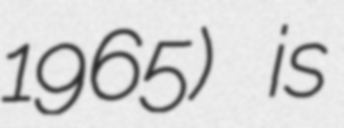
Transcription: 1965) is